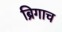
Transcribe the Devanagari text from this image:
ब्रिगाच